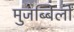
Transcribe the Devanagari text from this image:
मुजब्बिलों